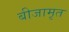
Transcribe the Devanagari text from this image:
बीजामृत